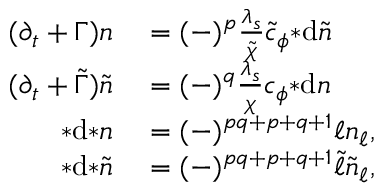
\begin{array} { r l } { ( \partial _ { t } + \Gamma ) n } & { { } = ( - ) ^ { p } \frac { \lambda _ { s } } { \tilde { \chi } } \tilde { c } _ { \phi } { * \mathrm { d } \tilde { n } } } \\ { ( \partial _ { t } + \tilde { \Gamma } ) \tilde { n } } & { { } = ( - ) ^ { q } \frac { \lambda _ { s } } { \chi } c _ { \phi } { * \mathrm { d } n } } \\ { * \mathrm { d } { * n } } & { { } = ( - ) ^ { p q + p + q + 1 } \ell n _ { \ell } , } \\ { * \mathrm { d } { * \tilde { n } } } & { { } = ( - ) ^ { p q + p + q + 1 } \tilde { \ell } \tilde { n } _ { \ell } , } \end{array}